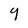
Character: Y